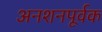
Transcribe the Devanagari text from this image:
अनशनपूर्वक